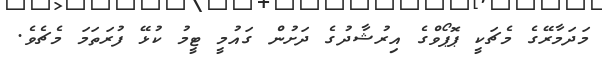
މަދަމާރޭގެ މެޗަކީ ޕޮޕޯވްގެ އިރުޝާދުގެ ދަށުން ގައުމީ ޓީމު ކުޅޭ ފުރަތަމަ މެޗެވެ.